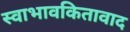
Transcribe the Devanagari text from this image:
स्वाभावकितावाद